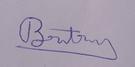
Signature authenticity: genuine